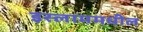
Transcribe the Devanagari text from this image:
इस्लाममधील